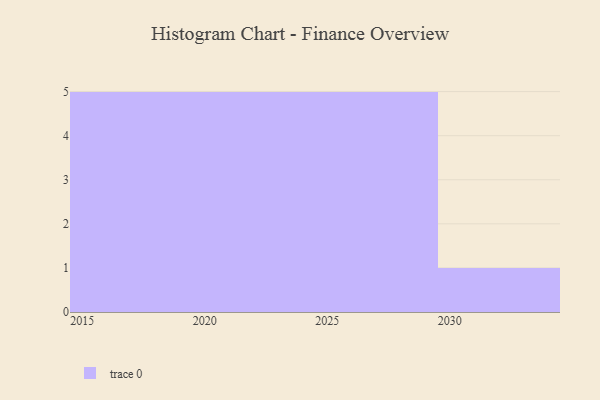
{"axis": {"x": "Year", "y": "Website Visitors"}, "legend": [""], "data": [{"x": "2023", "y": 10, "type": ""}, {"x": "2025", "y": 77, "type": ""}, {"x": "2029", "y": 30, "type": ""}, {"x": "2024", "y": 63, "type": ""}, {"x": "2027", "y": 52, "type": ""}, {"x": "2017", "y": 95, "type": ""}, {"x": "2016", "y": 20, "type": ""}, {"x": "2019", "y": 28, "type": ""}, {"x": "2015", "y": 85, "type": ""}, {"x": "2028", "y": 44, "type": ""}, {"x": "2020", "y": 83, "type": ""}, {"x": "2018", "y": 17, "type": ""}, {"x": "2030", "y": 77, "type": ""}, {"x": "2021", "y": 4, "type": ""}, {"x": "2022", "y": 37, "type": ""}, {"x": "2026", "y": 28, "type": ""}]}